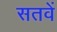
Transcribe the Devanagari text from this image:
सतवें